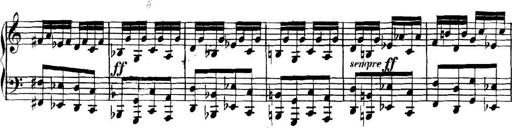
Title: Collected Piano Sonatas
Composer: Muzio Clementi